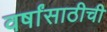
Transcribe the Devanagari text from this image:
वर्षांसाठीची